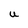
Character: U